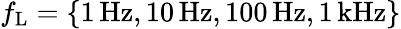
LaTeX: f_{\mathrm{L}}=\{ 1\, \mathrm{Hz},10\, \mathrm{Hz},100\, \mathrm{Hz},1\, \mathrm{kHz}\}